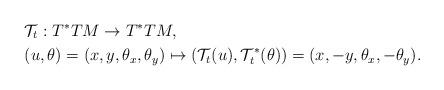
LaTeX: \begin{align*}&\mathcal{T}_t:T^*TM \to T^*TM, \\& (u,\theta)=(x,y,\theta_x,\theta_y)\mapsto (\mathcal{T}_t(u),\mathcal{T}^*_t(\theta))=(x,-y,\theta_x,-\theta_y). \end{align*}